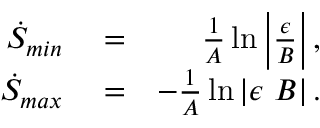
\begin{array} { r l r } { \dot { S } _ { m i n } } & { { } = } & { \frac { 1 } { A } \ln \left| \frac { \epsilon } { B } \right| , } \\ { \dot { S } _ { m a x } } & { { } = } & { - \frac { 1 } { A } \ln \left| \epsilon ~ B \right| . } \end{array}